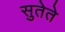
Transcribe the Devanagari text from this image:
सुतेते